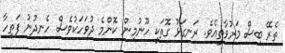
ތެރޭ ބިސް މަރުވާތީއެވެ. ރަނގަޅު ގޮތަކީ ހޫނުމިން ކޮންމެ ދުވަހަކުވެސް ހެނދުނު ފަތިހާ